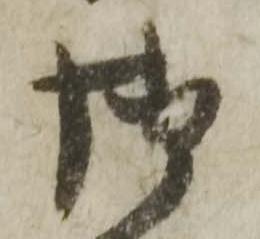
御